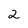
Character: 2